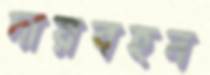
দায়বহন